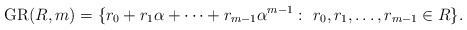
\begin{align*}{\rm GR}(R, m)=\{r_0+r_1\alpha+\cdots+r_{m-1}\alpha^{m-1}:~r_0, r_1, \ldots, r_{m-1}\in R\}.\end{align*}